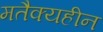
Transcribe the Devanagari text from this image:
मतैक्यहीन